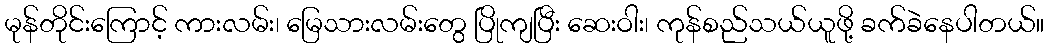
မုန်တိုင်းကြောင့် ကားလမ်း၊ မြေသားလမ်းတွေ ပြိုကျပြီး ဆေးဝါး၊ ကုန်စည်သယ်ယူဖို့ ခက်ခဲနေပါတယ်။